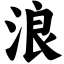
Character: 浪